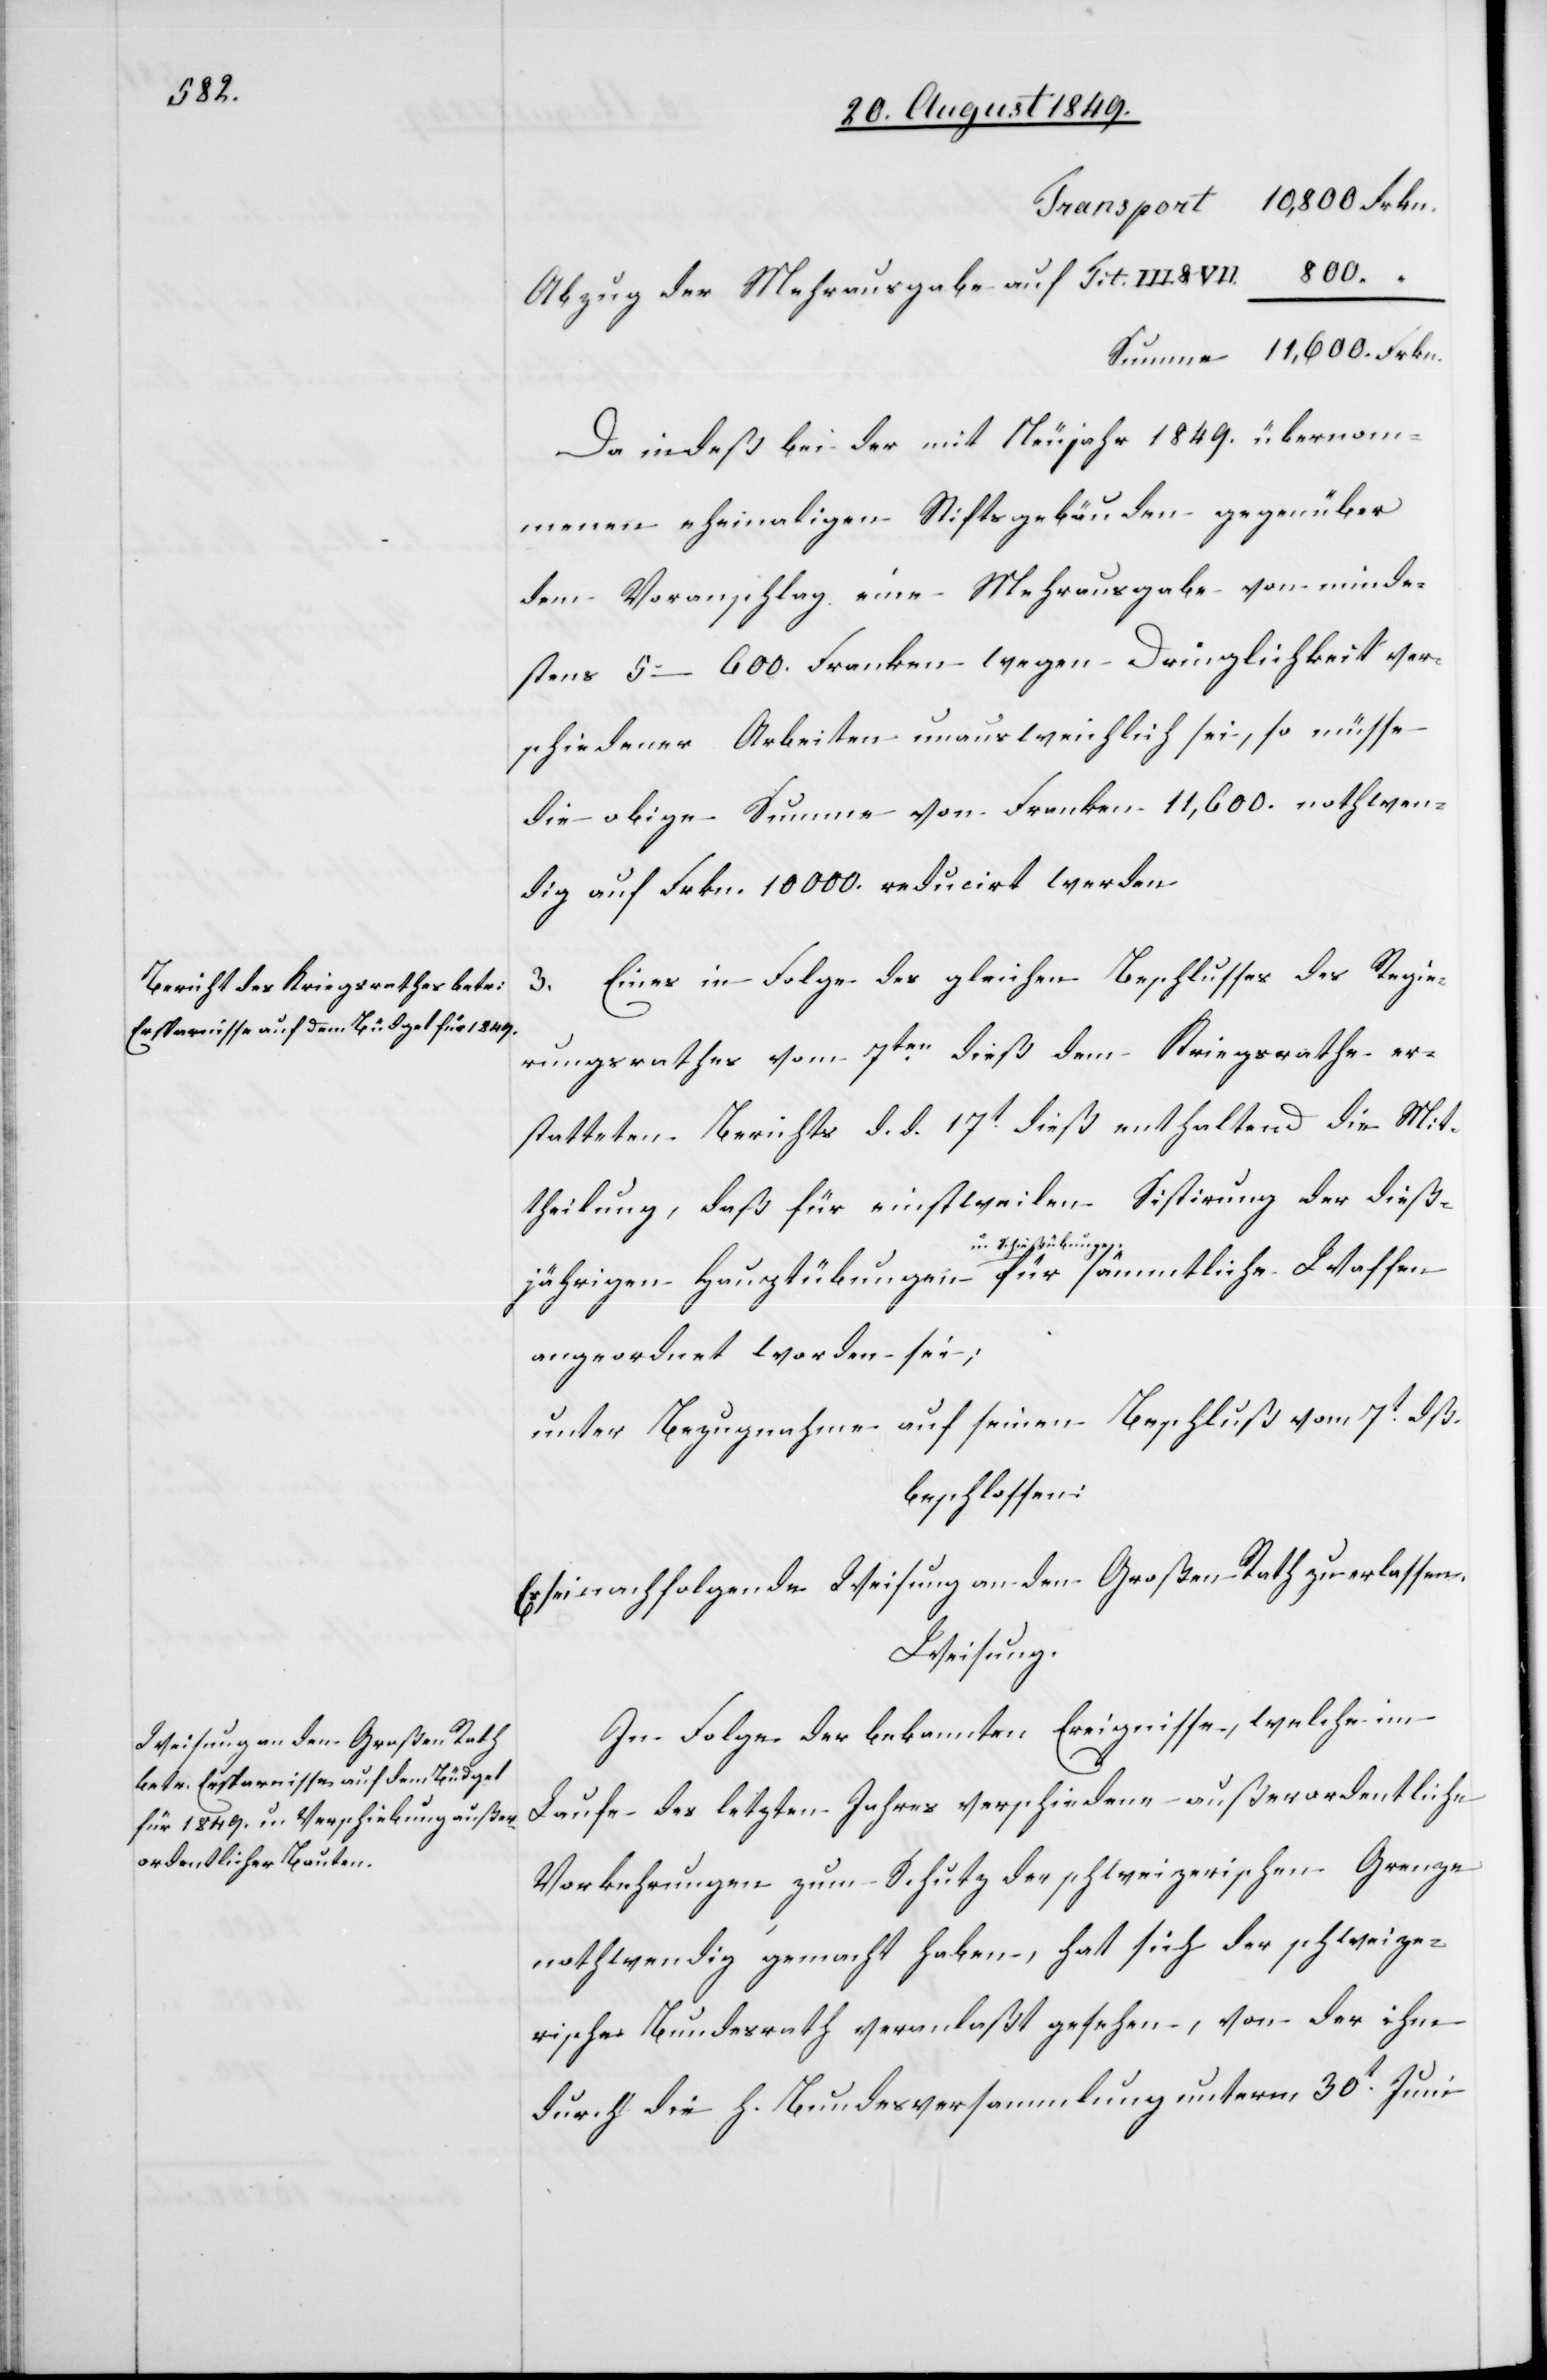
über¬

Abzug der Mehrausgaben auf Tit. III.
Summe	11,600.	Frkn.
nommenen ehemaligen Stiftsgebäuden gegenüber
dem Voranschlag eine Mehrausgabe von minde¬
stens 5–600. Franken wegen Dringlichkeit ver¬
schiedener Arbeiten unausweichlich sei, so müsse
die obige Summe von Franken 1,600. nothwen¬
dig auf Frkn. 10,000. reducirt werden.
3. Eines in Folge des gleichen Beschlusses des Regie¬
rungsrathes vom 7ten dieß dem Kriegsrathe er¬
statteten Berichts d. d. 17t dieß enthaltend die Mit¬
theilung, daß für einstweilen Sistirung der dieß¬
jährigen Hauptübungen a-u. Schießübungen-a sämmtliche Waffen
angeordnet worden sei;
unter Bezugnahme auf seinen Beschluß vom 7t dß.
beschlossen:
sei nachfolgende Weisung an den Großen Rath zu erlassen.
Weisung.
In Folge der bekannten Ereignisse, welche im
Laufe des letzten Jahres verschiedene außerordentliche
Vorkehrungen zum Schutz der schweizerischen Grenze
nothwendig gemacht haben, hat sich der schweize¬
rische Bundesrath veranlaßt gesehen, von der ihm
durch die h. Bundesversammlung unterm, 30t Juni